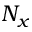
N _ { x }